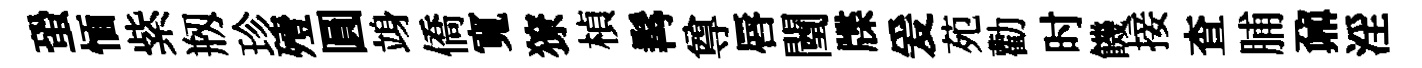
蛩愐紫剏珍殪圓竧僑寬獠楨髯尊唇闉牒爰苑勸时饑接查脯鼐淫